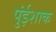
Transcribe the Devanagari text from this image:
पुंईशाक